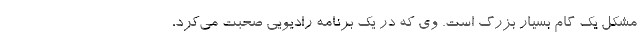
مشکل یک گام بسیار بزرگ است. وی که در یک برنامه رادیویی صحبت می‌کرد،